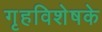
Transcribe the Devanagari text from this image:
गृहविशेषके